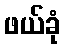
ဖယ်ခုံ